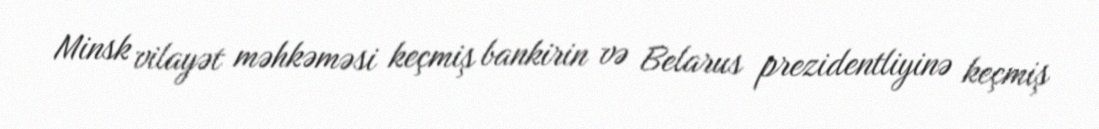
Minsk vilayət məhkəməsi keçmiş bankirin və Belarus prezidentliyinə keçmiş